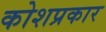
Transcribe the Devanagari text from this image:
कोशप्रकार